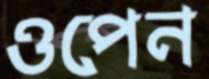
ওপেন